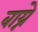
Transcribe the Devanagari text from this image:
बाय्ने